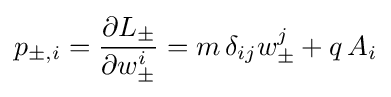
p_{\pm ,i}={\frac {\partial L_{\pm }}{\partial w_{\pm }^{i}}}=m\,\delta _{ij}w_{\pm }^{j}+q\,A_{i}